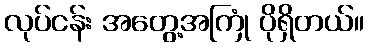
လုပ်ငန်း အတွေ့အကြုံ ပိုရှိတယ်။